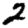
Digit: 2